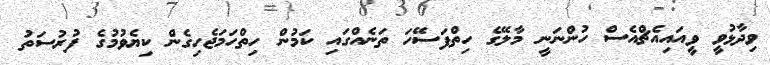
ވިދާޅުވީ ވީއައިއެޗްއެސް ހުންނަނީ މާލޭގެ ހިތްފަސޭހަ ތަނެއްގައި ކަމުން ހިތްހަމަޖެހިގެން ކިޔެވުމުގެ ފުރުސަތު